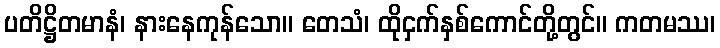
ပတိဋ္ဌိတမာနံ၊ နားနေကုန်သော။ တေသံ၊ ထိုငှက်နှစ်ကောင်တို့တွင်။ ကတမဿ၊